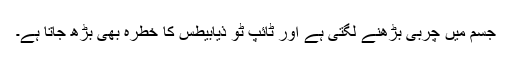
جسم میں چربی بڑھنے لگتی ہے اور ٹائپ ٹو ذیابیطس کا خطرہ بھی بڑھ جاتا ہے۔